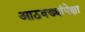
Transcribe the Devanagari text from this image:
आठवड्यांपेक्षा